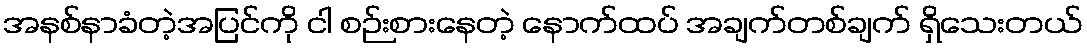
အနစ်နာခံတဲ့အပြင်ကို ငါ စဉ်းစားနေတဲ့ နောက်ထပ် အချက်တစ်ချက် ရှိသေးတယ်